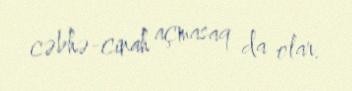
cəbhə-cinah açmasaq da olar.